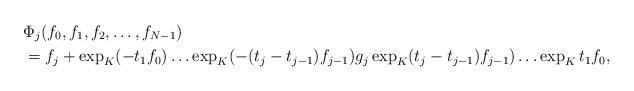
LaTeX: \begin{align*}&\Phi_j(f_0,f_1,f_2,\ldots,f_{N-1})\\ & =f_j+\exp_K (-t_1f_0)\ldots \exp_K(-(t_j-t_{j-1})f_{j-1})g_j\exp_K(t_j-t_{j-1})f_{j-1})\ldots\exp_K t_1f_0,\end{align*}